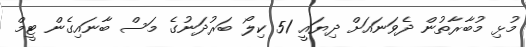
މުޅި މުބާރާތުން ދެވަނައަށް ދިޔައީ 51 ކިލޯ ބަރުދަނުގެ މަސް ބާނައިގެން ޓީމް